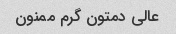
عالی دمتون گرم ممنون